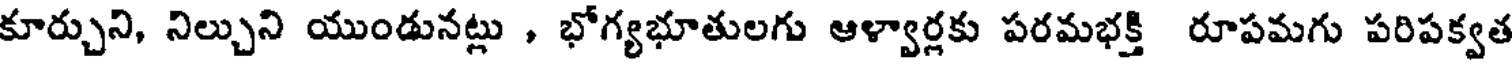
కూర్చుని, నిల్చుని యుండునట్లు , భోగ్యభూతులగు ఆళ్వార్లకు పరమభక్తి రూపమగు పరిపక్వత